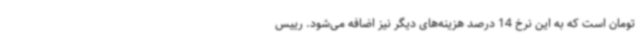
تومان است که به این نرخ 14 درصد هزینه‌های دیگر نیز اضافه می‌شود. رییس